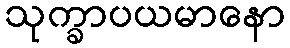
သုက္ခာပယမာနော